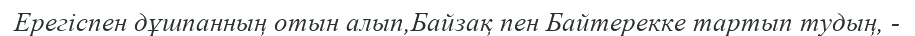
Ерегіспен дұшпанның отын алып,Байзақ пен Байтерекке тартып тудың, -